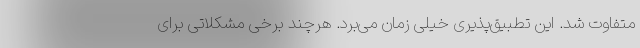
متفاوت شد. این تطبیق‌پذیری خیلی زمان می‌برد. هرچند برخی مشکلاتی برای